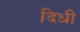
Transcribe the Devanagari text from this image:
दिधी